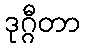
ဒုဂ္ဂီတာ